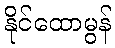
နိုင်ထောမွန်